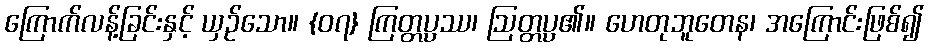
ကြောက်လန့်ခြင်းနှင့် ယှဉ်သော။ {၀၇} ကြတ္တပ္ပဿ၊ ဩတ္တပ္ပ၏။ ဟေတုဘူတေန၊ အကြောင်းဖြစ်၍